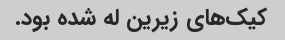
کیک‌های زیرین له شده بود.